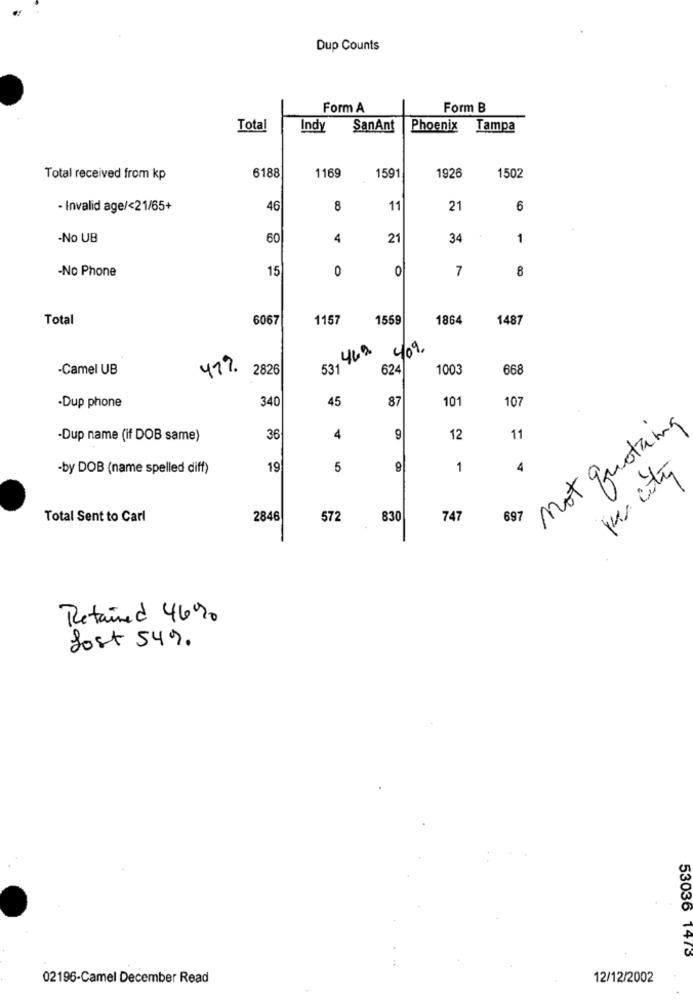
Dup Counts
Form A
Form B
Total
Indy
SanAnt
Phoenix Tampa
6188
1169
1591
1926
Total received from kp
1502
- Invalid age/<21/65+
46
8
11
21
6
-No UB
60
4
21
34
1
-No Phone
15
0
0
7
8
Total
6067
1157
1559
1864
1487
3. 469
409
624/
-Camel UB
47%
2826
531
1003
668
340
45
87
101
107
-Dup phone
not quoting
-Dup name (if DOB same)
36
4
9
12
11
-by DOB (name spelled diff)
19
5
1
4
per city
Total Sent to Carl
2846
572
830
747
697
Retained 46%
Jost 549
53036 1473
02196-Camel December Read
12/12/2002